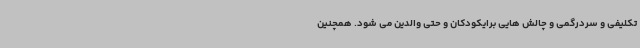
تکلیفی و سردرگمی و چالش هایی برایکودکان و حتی والدین می شود. همچنین